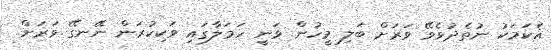
އެކަމަކު ނުތެދުވެވޭ ވަރަށް ބަލި މީހުން ވަނީ ހަމަލާގައި ވަކިކުރަން ނޭނގޭ ވަރަށް